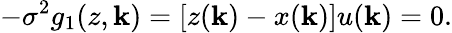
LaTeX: -\sigma^{2}g_{1}(z,\mathbf{k})=[z(\mathbf{k})-x(\mathbf{k})]u(\mathbf{k})=0.